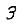
Digit: 3